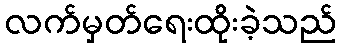
လက်မှတ်ရေးထိုးခဲ့သည်